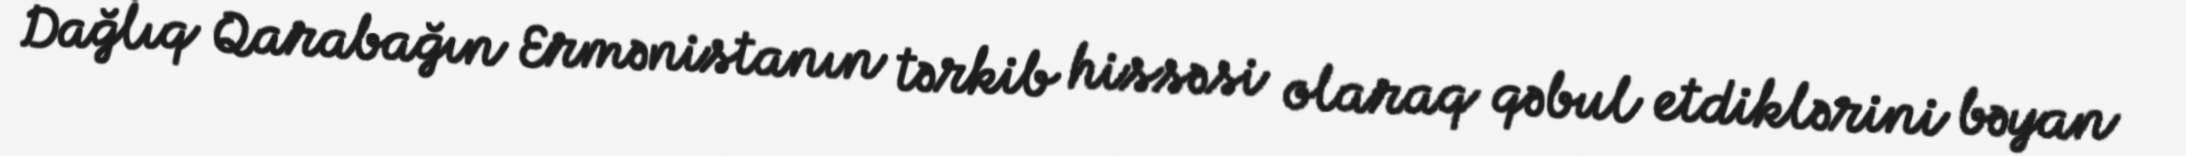
Dağlıq Qarabağın Ermənistanın tərkib hissəsi olaraq qəbul etdiklərini bəyan